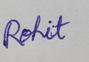
Signature authenticity: genuine